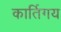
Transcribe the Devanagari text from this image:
कार्तिगय